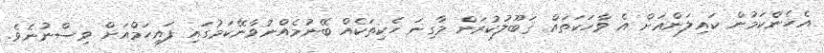
އެހެންކަމުން ކައިލަންއަށް އެ ވާހަކަތައް ޤަބޫލުކުރަން މާގިނަ ހެކިތަކެއް ބޭނުމެއްނުވާނޭކަމުގައި ފައިހަމްއަށް ވިސްނުނެވެ.